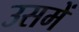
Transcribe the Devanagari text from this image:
उसमेें